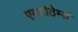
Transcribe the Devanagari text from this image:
एक्टोठेर्म्स